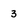
Character: 3